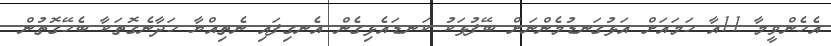
އެހެންވީމާ 11އާ ހަމައަށް އަޅުގަނޑުމެންނަށް ބޭފުޅަކު ކަނޑައެޅިގެން އެނގިފައި ނެތިއްޔާ ހަދާނެގޮތަކާ ބެހޭގޮތުން